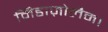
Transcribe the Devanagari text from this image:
मिडाज़ोलैम।